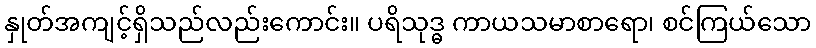
နှုတ်အကျင့်ရှိသည်လည်းကောင်း။ ပရိသုဒ္ဓ ကာယသမာစာရော၊ စင်ကြယ်သော